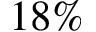
1 8 \%